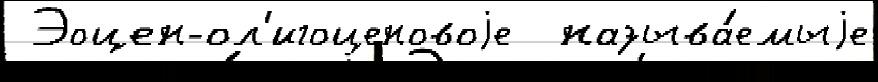
 Эоцен-ол'игоценовоjе  называ́емыjе